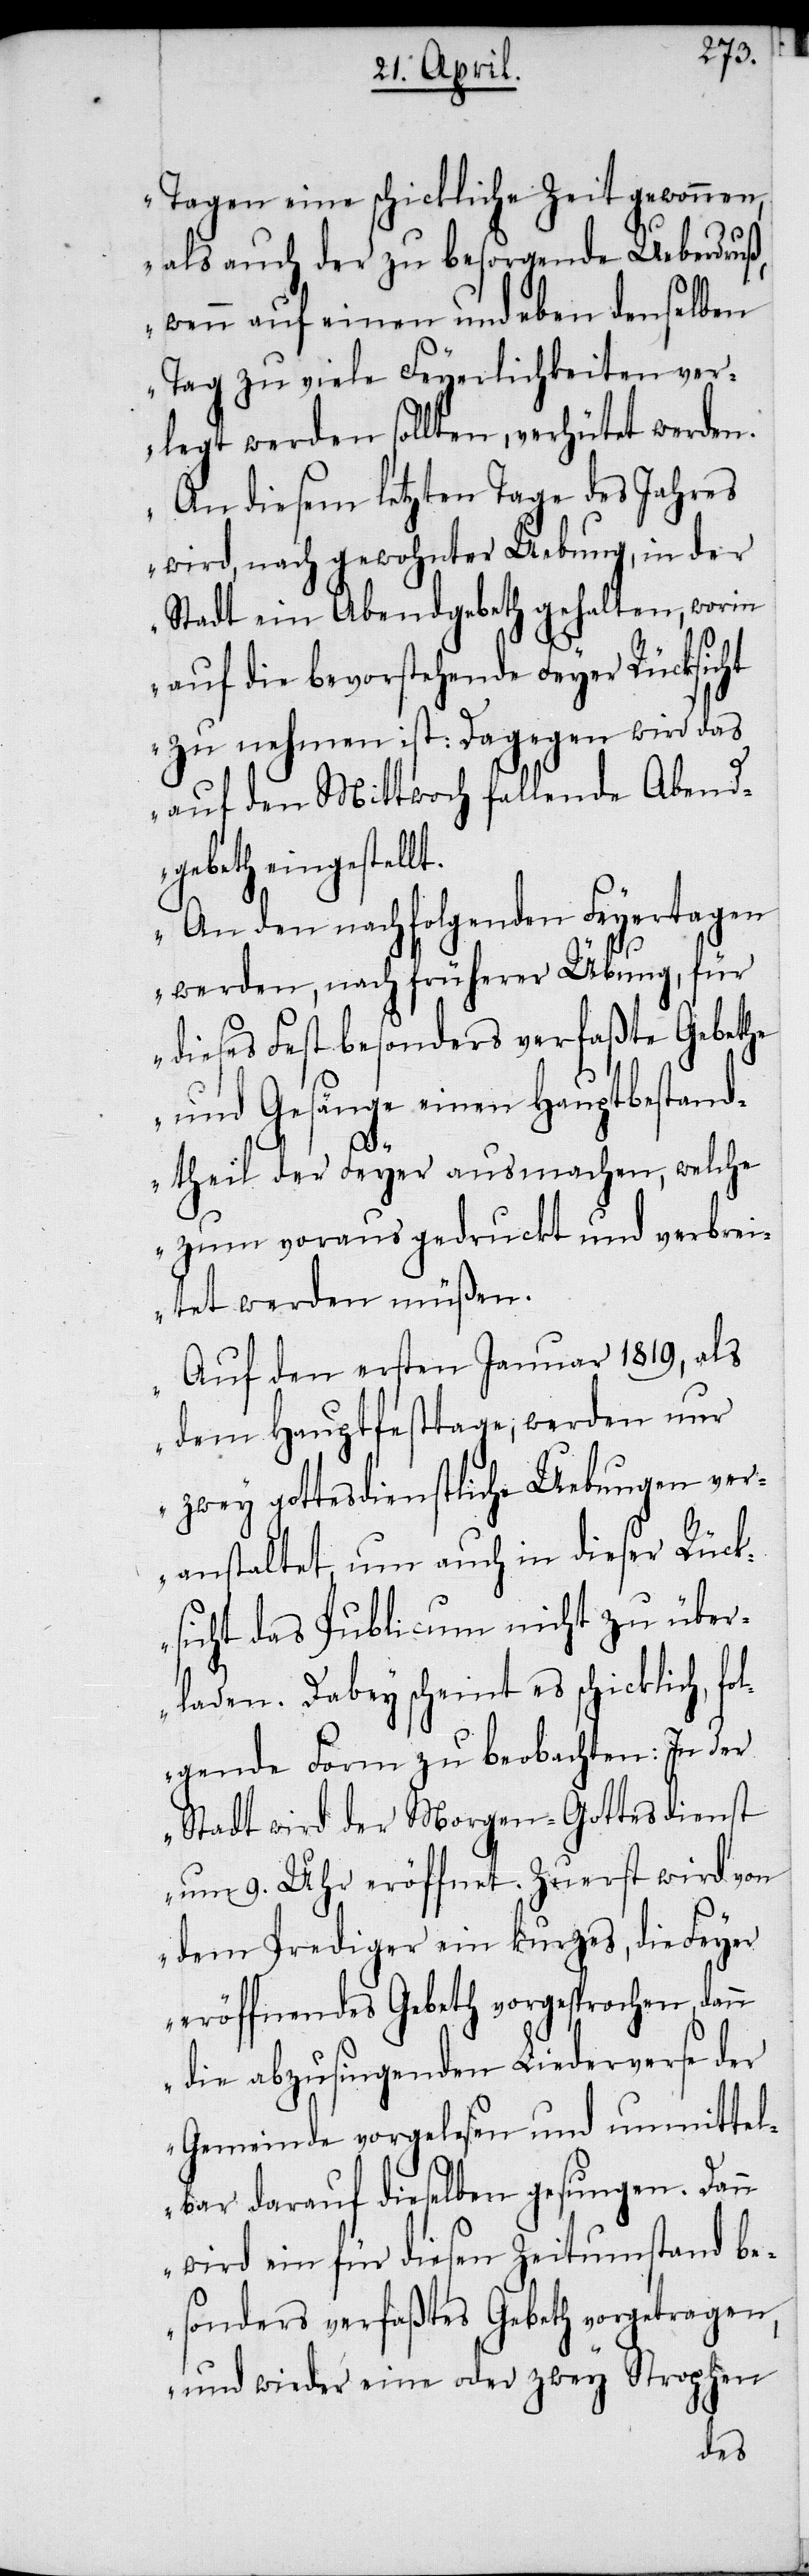
Tagen eine schickliche Zeit gewonnen,
als auch der zu besorgende Ueberdruß,
wenn auf einen und eben denselben
Tag zu viele Feyerlichkeiten ver¬
legt werden sollten, verhütet werden.
An diesem letzten Tage des Jahres
wird, nach gewohnter Uebung, in der
Stadt ein Abendgebeth gehalten, worin
auf die bevorstehende Feyer Rücksicht
zu nehmen ist: Dagegen wird das
auf den Mittwoch fallende Abend¬
gebeth eingestellt.
An den nachfolgenden Feyertagen
werden, nach früherer Übung, für
dieses Fest besonders verfaßte Gebethe
und Gesänge einen Hauptbestand¬
theil der Feyer ausmachen, welche
zum voraus gedruckt und verbrei¬
tet werden müßen.
Auf den ersten Januar 1819, als
dem Hauptfesttage, werden nur
zwey gottesdienstliche Uebungen ver¬
anstaltet, um auch in dieser Rück¬
sicht das Publicum nicht zu über¬
laden. Dabey scheint es schicklich, f¬
olgende Form zu beobachten: In der
Stadt wird der Morgen-Gottesdienst
um 9. Uhr eröffnet. Zuerst wird von
dem Prediger ein kurzes, die Feyer
eröffnendes Gebeth vorgesprochen, dann
die abzusingenden Liederverse der
Gemeinde vorgelesen und unmittel¬
bar darauf dieselben gesungen. Dann
wird ein für diesen Zeitumstand be¬
sonders verfaßtes Gebeth vorgetragen,
und wieder eine oder zwey Strophen